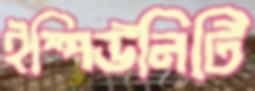
ইম্পিউনিটি